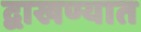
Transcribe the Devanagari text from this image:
द्वाखण्यात